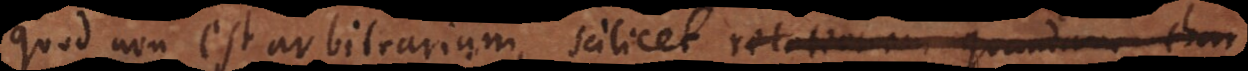
quod non est arbitrarium, scilicet rationem quandam char